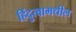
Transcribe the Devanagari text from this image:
हिंदुत्वामधील